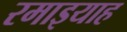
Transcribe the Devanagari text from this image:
रमाइयाह